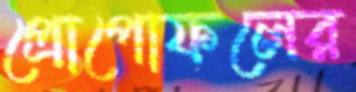
প্রোপোফলের